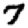
Digit: 7